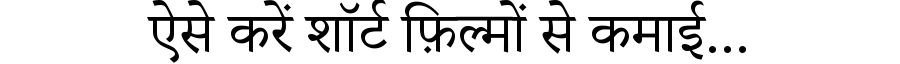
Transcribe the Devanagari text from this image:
ऐसे करें शॉर्ट फ़िल्मों से कमाई...